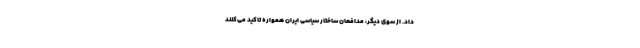
داد. از سوی دیگر، مدافعان ساختار سیاسی ایران همواره تاکید می‌کنند